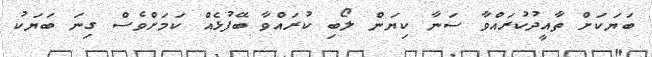
ބަޔަކަށް ތާއީދުކުރައްވާ ސަނާ ކިޔަން ލޯބި ކުރައްވާ ބޭފުޅެއް ކަމަށްވެސް ގިނަ ބަޔަކު